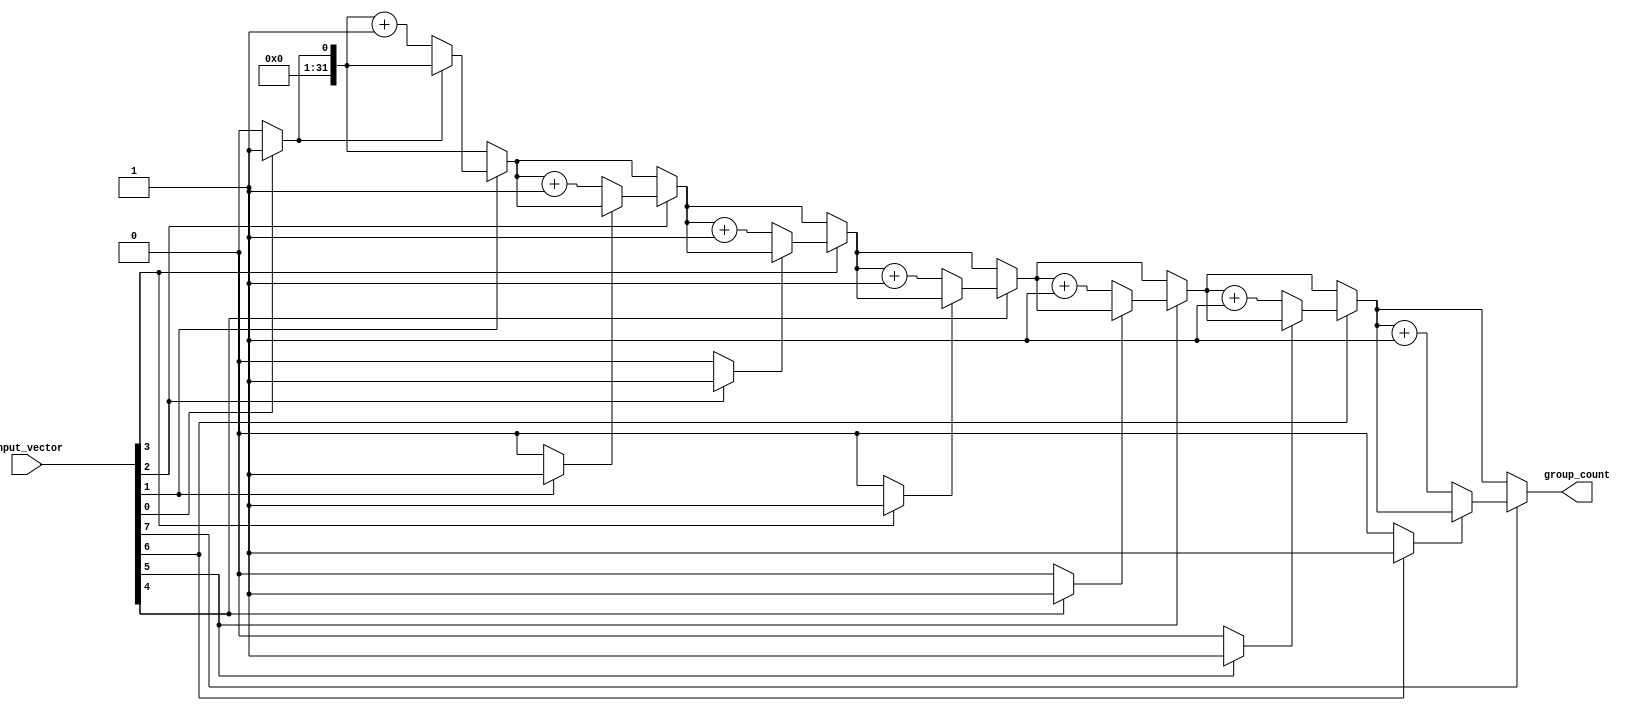
module group_of_ones (
    input wire [N-1:0] input_vector, // Input binary vector of size N
    output reg [31:0] group_count      // Output count of groups of '1's
);
    parameter N = 8; // Define the size of the input vector (can be changed)

    integer i;
    reg in_group; // Flag to track if we are in a group of '1's

    always @* begin
        group_count = 0; // Initialize group count
        in_group = 0;    // Initialize in_group flag

        // Iterate through each bit of the input_vector
        for (i = 0; i < N; i = i + 1) begin
            if (input_vector[i] == 1'b1) begin
                if (!in_group) begin
                    group_count = group_count + 1; // New group found
                    in_group = 1; // Set flag to indicate we are in a group
                end
            end else begin
                in_group = 0; // Reset flag when we encounter '0'
            end
        end
    end
endmodule